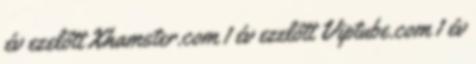
év ezelőtt Xhamster.com 1 év ezelőtt Viptube.com 1 év